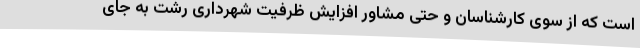
است که از سوی کارشناسان و حتی مشاور افزایش ظرفیت شهرداری رشت به جای